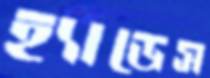
হ্যাডেস